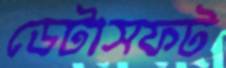
ডেটাসফট